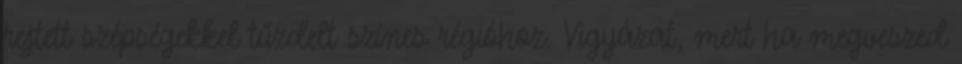
rejtett szépségekkel tűzdelt színes régióhoz. Vigyázat, mert ha megveszed